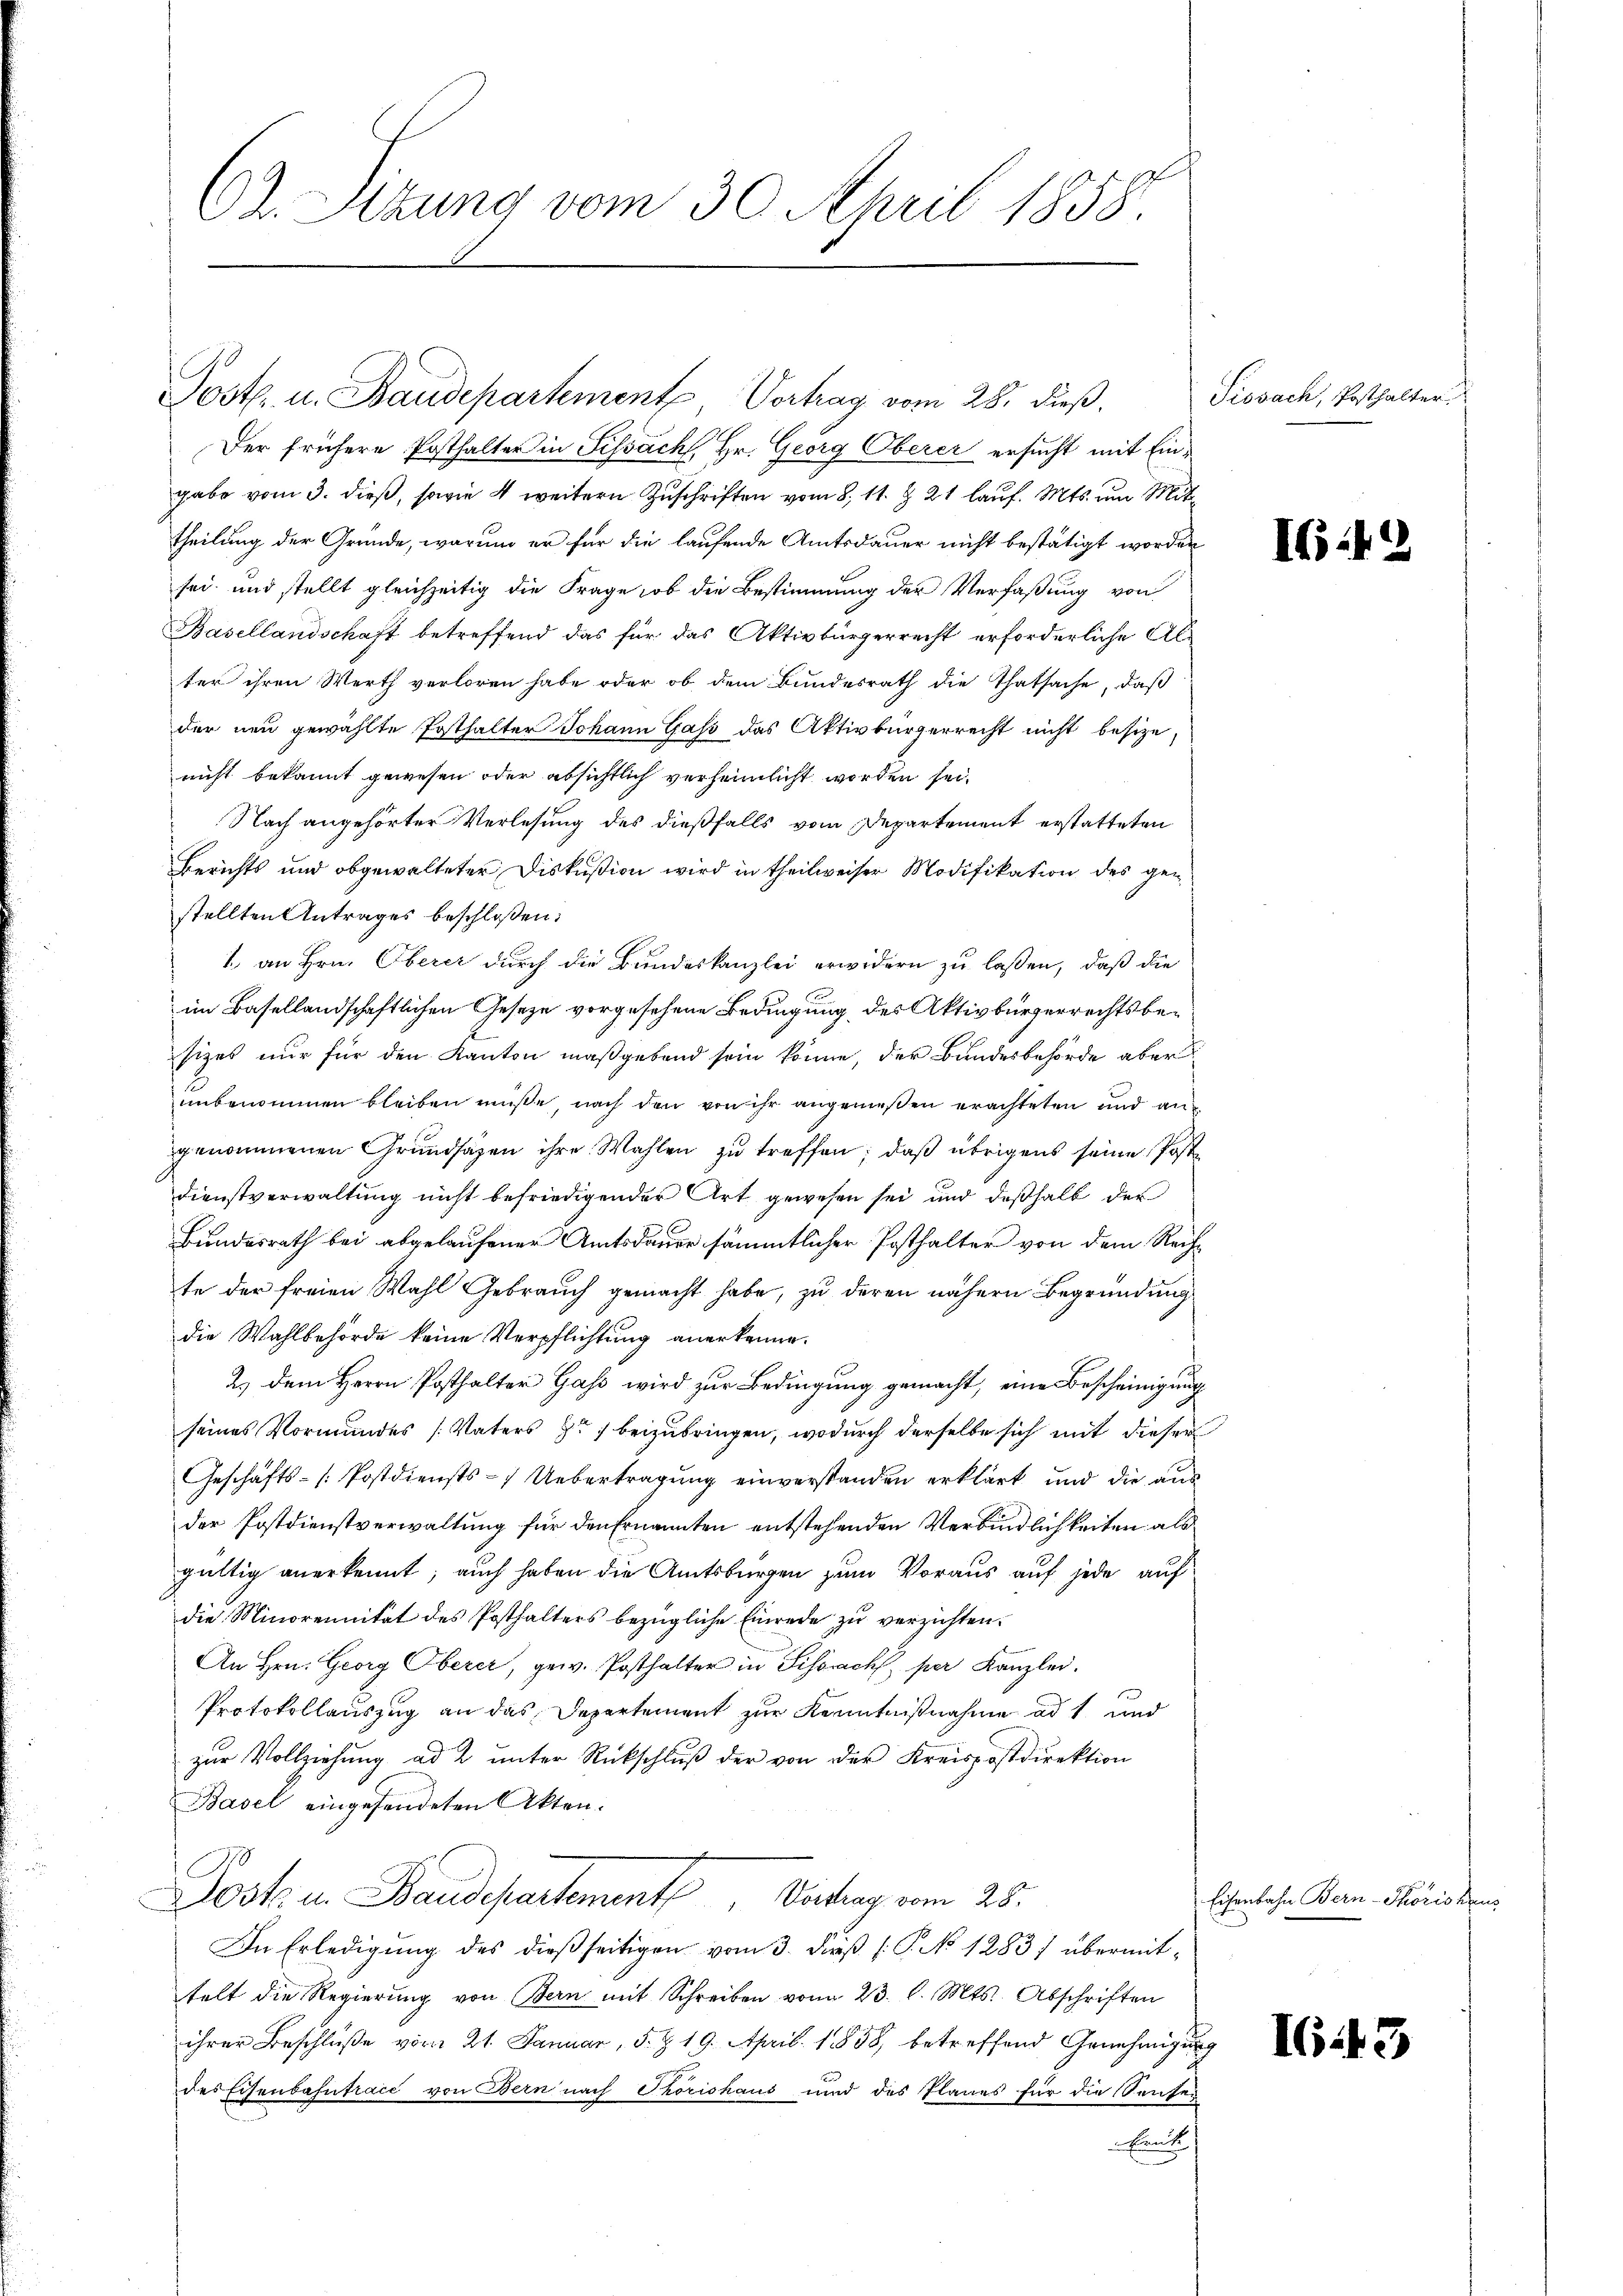
Ct. Sitzung vom 30. April 1858.

Post. u. Baudepartemente Vortrag vom 28. dieß.

Der frühere Posthalter in Sissach, Hr. Georg Oberer ersucht mit Eingabe vom 3. dieß, sowie 4 weitern Zuschriften vom 8. 11. Z. 21 lauf. Mts. um Mittheilung der Gründe, warum er für die laufende Amtsdauer nicht bestätigt worden
sei und stellt gleichzeitig die Frage, ob die Bestimmung der Verfaßung von
Basellandschaft betreffend das für das Aktivbürgerrecht erforderliche Alter ihren Werth verloren habe oder ob dem Bundesrath die Thatsache, daß
der neu gewählte Posthalter Johann Gass das Aktivbürgerrecht nicht besizenicht bekannt gewesen oder absichtlich verheimlicht worden sei.
Nach angehörter Verlesung des dießfalls vom Departement erstatteten
Berichts und obgewalteter Diskussion wird in theilweiser Modifikation des genstellten Antrages beschloßen:
1. an Hrn. Oberer durch die Bundeskanzlei erwidern zu lassen, daß die
im Basellandschaftlichen Geseze vorgesehene Bedingung des Aktivbürgerrechts besizes nur für den Kanton maßgebend sein könne, der Bundesbehörde aber
unbenommen bleiben müsse nach den von ihr angemeßen erachteten und angenommenen Grundsätzen ihre Wahlen zu treffen; daß übrigens seine Poste
Dienstverwaltung nicht befriedigender Art gewesen sei und deßhalb der
Bundesrath bei abgelaufener Amtsdauer sämmtlicher Posthalter von dem Rechte der freien Wahl Gebrauch gemacht habe, zu deren nähern Begründung
die Wahlbehörde keine Verpflichtung anerkenne.
2.) Dem Herrn Posthalter Gass wird zur Bedingung gemacht, eine Bescheinigung
seines Vormundes (Vaters pr 7 beizubringen, wodurch derselbe sich mit dieser
Geschäfts- [Postdiensts - Uebertragung einverstanden erklärt und die ausder Postdienstverwaltung für den Ernannten entstehenden Verbindlichkeiten als
gültig anerkennt; auch haben die Amtsbürgen zum Voraus auf jede auf
die Minorennität des Posthalters bezügliche Einrede zu verzichten.
An Hrn. Georg Oberer, gew. Posthalter in Sissach per Kanzlei.
Protokollauszug an das Departement zur Kenntnißnahme ad 1 und
zur Vollziehung ad 2. unter Rückschluß der von der Kreispostdirektion
Basel eingesendeten Akten.
Jost in Baudepartement        Virtung vom 25.
In Erledigung des dießseitigen vom 3. dieß (: P. No 1283) übermittelt die Regierŭng von Bern mit Schreiben vom 23. l. Mts. Abschriften
ihrer Beschlüβe vom 21. Januar, s. Z. 19. April 1858, betreffend Genehmigung
des Eisenbahntraić von Bern nach Thorishaus und des Planes für die Sensei
Brüke
e

Tissach, Posthalter.

I:

Eisenbahn Bern-Thoris den

IG.43